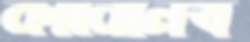
কাবিনেখ